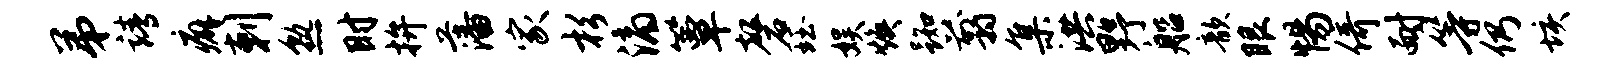
弟靖癖剌熟时拚藩家杉滴簟磬珏娱焕踟翦集洪野船歆眼惕倚耐等仍垓